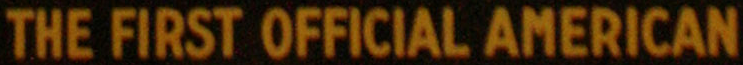
THE FIRST OFFICIAL AMERICAN